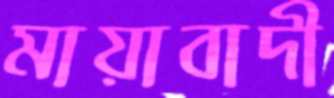
মায়াবাদী